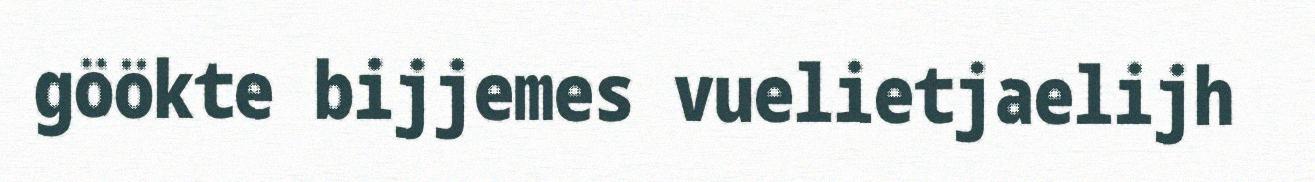
göökte bijjemes vuelietjaelijh